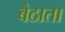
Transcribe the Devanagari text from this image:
बैठाता